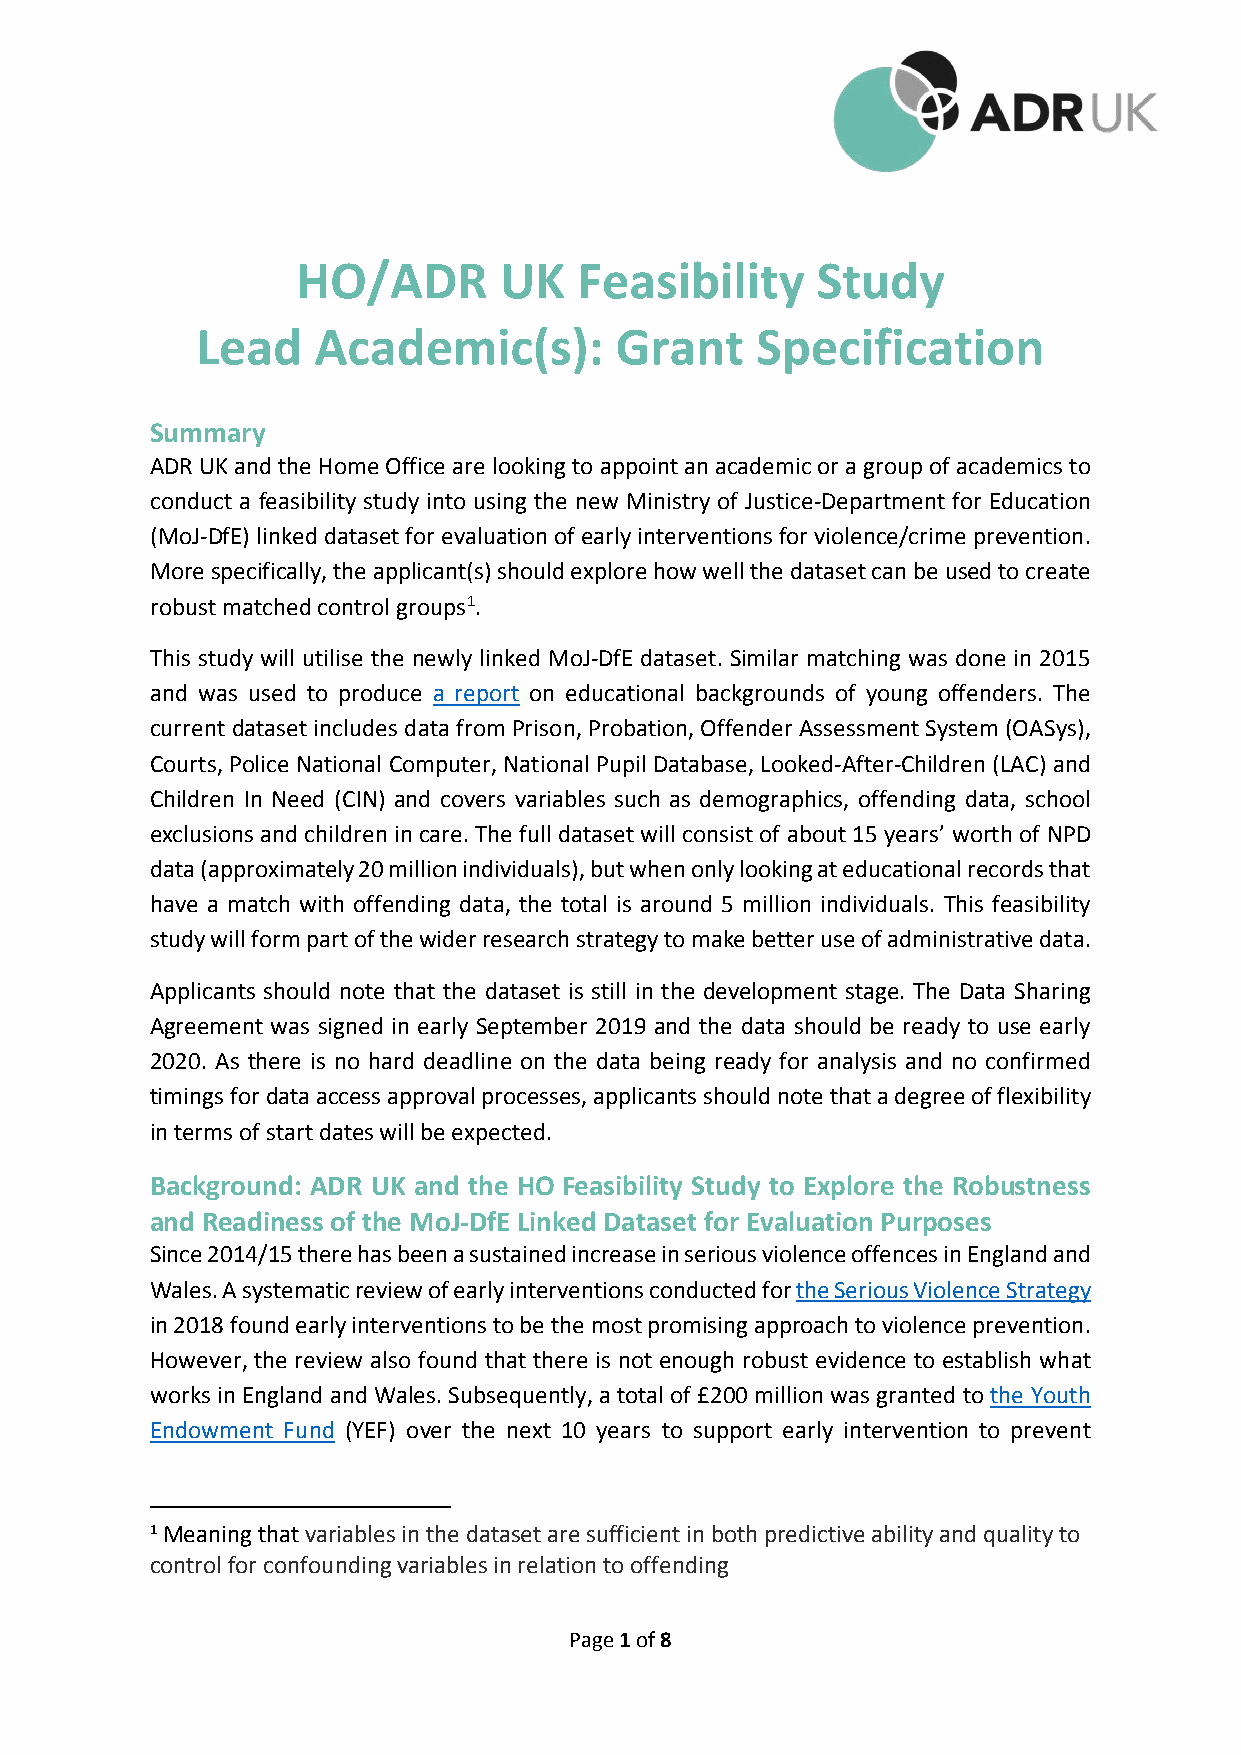
HO/ADR       UK   Feasibility     Study
 Lead    Academic(s):        Grant    Specification
 Summary
 ADR UK and the Home Office are looking to appoint an academic or a group of academics to
 conduct a feasibility study into using the new Ministry of Justice-Department for Education
 (MoJ-DfE) linked dataset for evaluation of early interventions for violence/crime prevention.
 More specifically, the applicant(s) should explore how well the dataset can be used to create
 robust matched control groups1.
 This study will utilise the newly linked MoJ-DfE dataset. Similar matching was done in 2015
 and was used to produce a report on educational backgrounds of young offenders. The
 current dataset includes data from Prison, Probation, Offender Assessment System (OASys),
 Courts, Police National Computer, National Pupil Database, Looked-After-Children (LAC) and
 Children In Need (CIN) and covers variables such as demographics, offending data, school
 exclusions and children in care. The full dataset will consist of about 15 years’ worth of NPD
 data (approximately 20 million individuals), but when only looking at educational records that
 have a match with offending data, the total is around 5 million individuals. This feasibility
 study will form part of the wider research strategy to make better use of administrative data.
 Applicants should note that the dataset is still in the development stage. The Data Sharing
 Agreement was signed in early September 2019 and the data should be ready to use early
 2020. As there is no hard deadline on the data being ready for analysis and no confirmed
 timings for data access approval processes, applicants should note that a degree of flexibility
 in terms of start dates will be expected.
 Background: ADR UK and the HO Feasibility Study to Explore the Robustness
 and Readiness of the MoJ-DfE Linked Dataset for Evaluation Purposes
 Since 2014/15 there has been a sustained increase in serious violence offences in England and
 Wales. A systematic review of early interventions conducted for the Serious Violence Strategy
 in 2018 found early interventions to be the most promising approach to violence prevention.
 However, the review also found that there is not enough robust evidence to establish what
 works in England and Wales. Subsequently, a total of £200 million was granted to the Youth
 Endowment Fund (YEF) over the next 10 years to support early intervention to prevent
 1 Meaning that variables in the dataset are sufficient in both predictive ability and quality to
 control for confounding variables in relation to offending
 Page 1 of 8